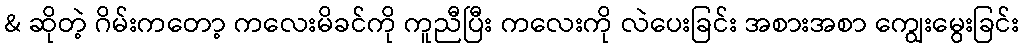
& ဆိုတဲ့ ဂိမ်းကတော့ ကလေးမိခင်ကို ကူညီပြီး ကလေးကို လဲပေးခြင်း အစားအစာ ကျွေးမွေးခြင်း